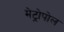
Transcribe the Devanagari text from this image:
मेट्रोपोल